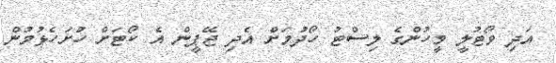
އަދި ވޯޓުލީ މީހުންގެ ލިސްޓު ހޯދުމަށް އެދި ޖޭޕީން އެ ކޯޓަށް ހުށަހެޅުމުން